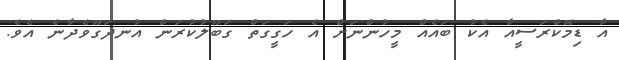
އާ ޑިމޮކްރަސީއާ އެކު ބައެއް މީހުންނަށް އެ ހަގީގަތް ގަބޫލުކުރަން އުނދަގޫވެދާނެ އެވެ.